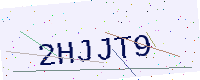
Text: 2HJJT9